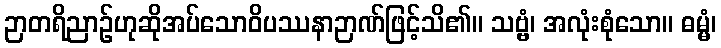
ဉာတရိညာဉ်ဟုဆိုအပ်သောဝိပဿနာဉာဏ်ဖြင့်သိ၏။ သဗ္ဗံ၊ အလုံးစုံသော။ ဓမ္မံ၊